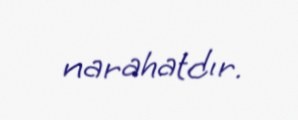
narahatdır.